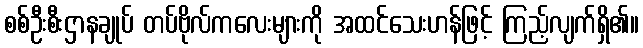
စစ်ဦးစီးဌာနချုပ် တပ်ဗိုလ်ကလေးများကို အထင်သေးဟန်ဖြင့် ကြည့်လျက်ရှိ၏။